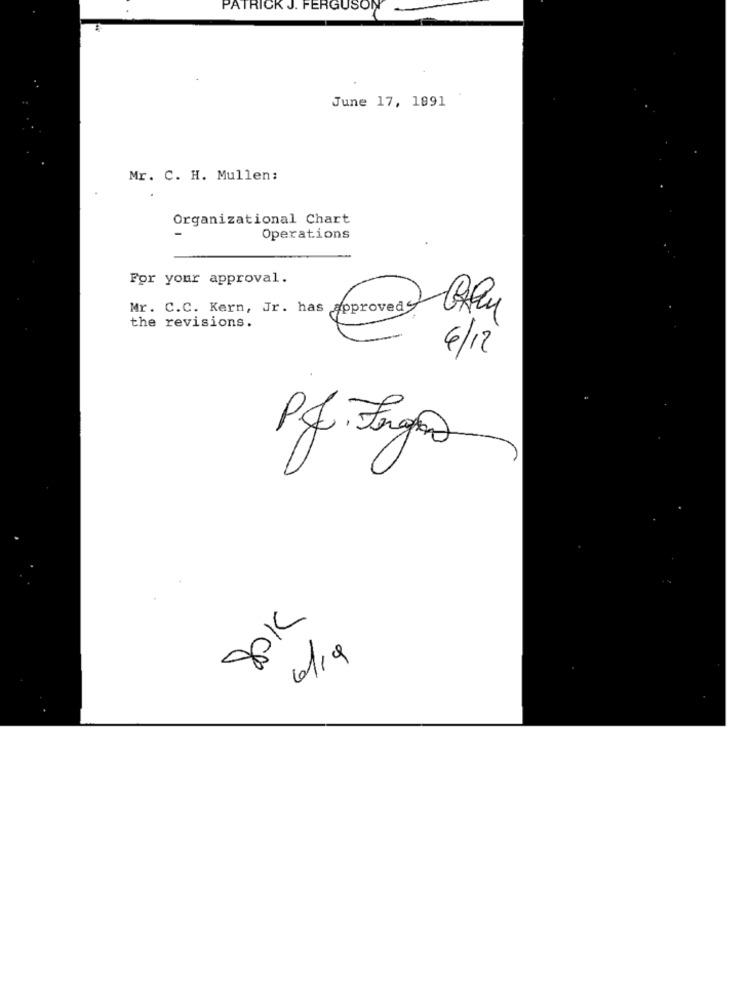
PATRICK J. FERGUSON
June 17, 1991
Mr. C. H. Mullen:
Organizational Chart
Operations
For your approval.
Mr. C.C. Kern, Jr. has Approveas
the revisions.
6/12
P.J. Frgas
Jok
6/19